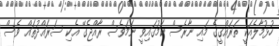
ހުޅުމާލެއަކީ ތަރައްގީގެ މައި ނާރެސް ކަމުގައިވީ ނަމަވެސް ރާއްޖެގޭ އެކި ސަރައްދުތައް ވެސް